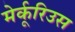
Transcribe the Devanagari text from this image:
मेर्कूरिउस